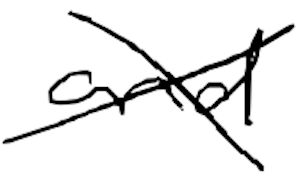
Text: and
Cross-out: mix
Writing tool: digital_black